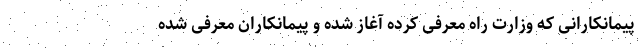
پیمانکارانی که وزارت راه معرفی کرده آغاز شده و پیمانکاران معرفی شده